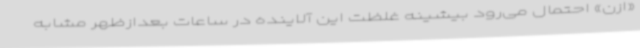
«ازن» احتمال می‌رود بیشینه غلظت این آلاینده در ساعات بعدازظهر مشابه